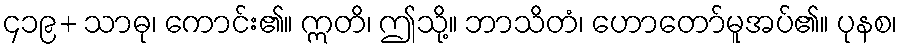
၄၁၉+ သာဓု၊ ကောင်း၏။ ဣတိ၊ ဤသို့။ ဘာသိတံ၊ ဟောတော်မူအပ်၏။ ပုနစ၊